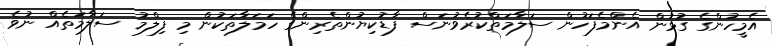
އެމީހުންގެ ގުޅުން އެންމެފަހުން ސަލާމަތްކުރެވުނަސް ފާޑުކިޔުންތެރިންގެ ހަމަލާތަކުން މި ފިލްމު ސަލާމަތެއް ނުވެ